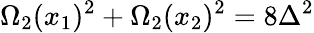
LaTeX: \Omega_{2}(x_{1})^{2}+\Omega_{2}(x_{2})^{2}=8\Delta^{2}